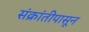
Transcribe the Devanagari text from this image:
संक्रांतीपासून